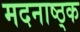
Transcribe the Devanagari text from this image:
मदनाष्ठ्क